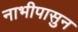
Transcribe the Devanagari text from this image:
नाभीपासुन